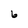
Character: 6